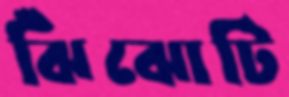
ঝিঁঝোটি